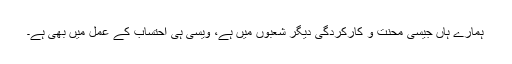
ہمارے ہاں جیسی محنت و کارکردگی دیگر شعبوں میں ہے، ویسی ہی احتساب کے عمل میں بھی ہے۔